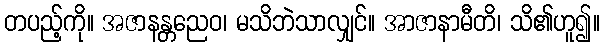
တပည့်ကို။ အဇာနန္တညေဝ၊ မသိဘဲသာလျှင်။ အာဇာနာမီတိ၊ သိ၏ဟူ၍။